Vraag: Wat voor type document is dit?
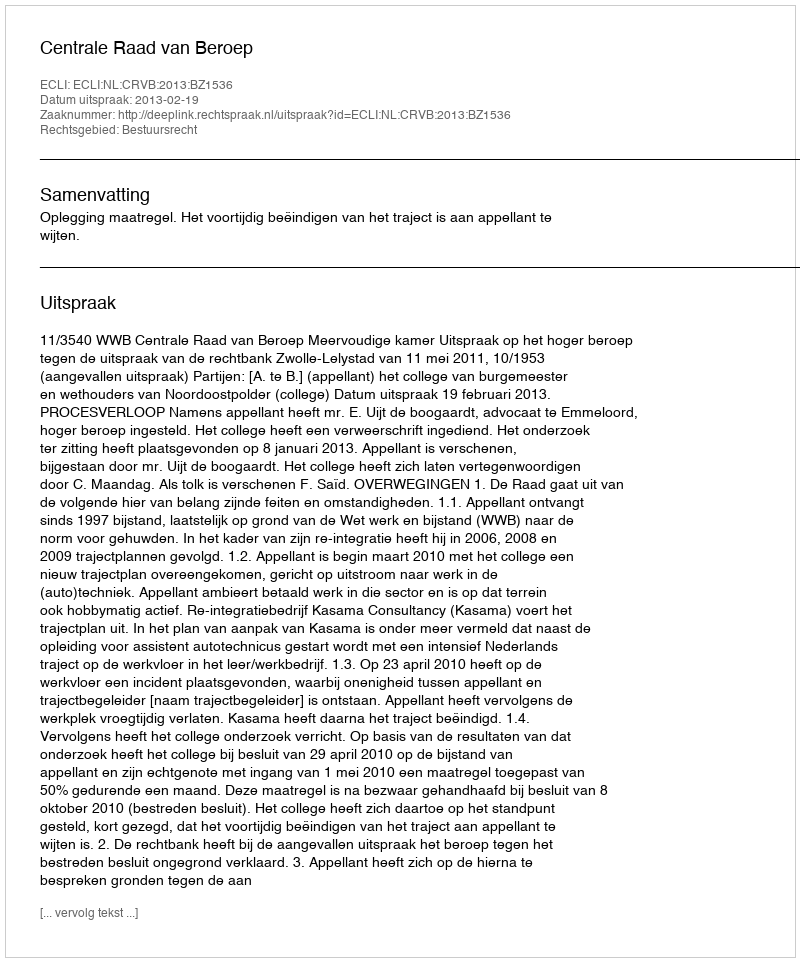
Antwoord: Uitspraak